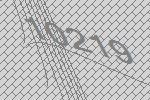
10219